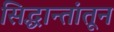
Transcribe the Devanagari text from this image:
सिद्धान्तांतून